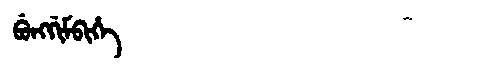
Manchu: ᠪᡠᠩᡤᡳᠮᠪᡳᡥᡝ
Romanization: BUNGGIMBIHE